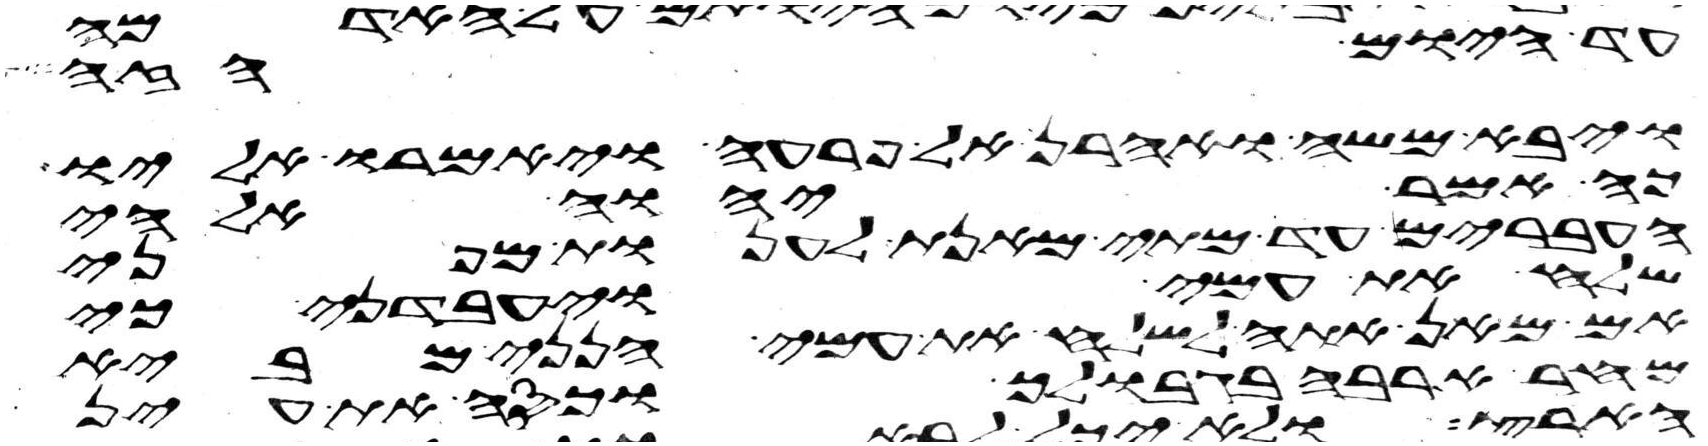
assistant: עד היום הזה
ויבא משה ואהרן אל פרעה ויאמרו אליו
כה אמר יהוה אלהי
העברים עד מתי מאנת לענות מפני
שלח את עמי ויעבדני כי
אם מאן אתה לשלח את עמי הנני מביא
מחר ארבה בגבולך וכסה את עין